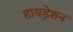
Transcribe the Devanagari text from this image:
हायड्रेशन